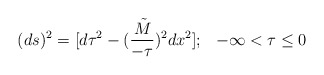
\begin{align*}(ds)^2 = [d \tau^2 - ({{\tilde M} \over - \tau})^2 dx^2]; \hskip0.3cm -\infty < \tau \le 0\end{align*}